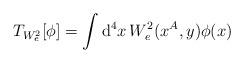
LaTeX: \begin{align*}T_{W_{e}^{2}}[\phi ]=\int \mathrm{d}^{4}x\, W^{2}_{e}(x^{A},y)\phi (x)\end{align*}